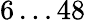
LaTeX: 6\ldots 48